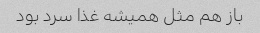
باز هم مثل همیشه غذا سرد بود